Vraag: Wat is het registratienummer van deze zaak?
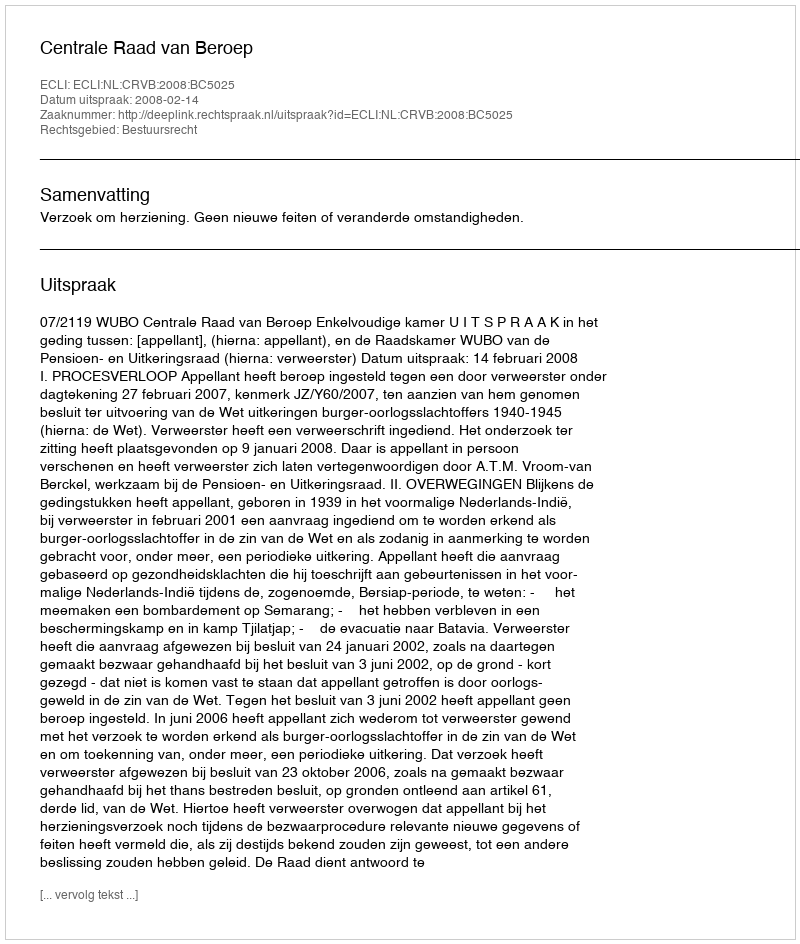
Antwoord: http://deeplink.rechtspraak.nl/uitspraak?id=ECLI:NL:CRVB:2008:BC5025